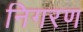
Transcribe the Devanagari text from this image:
निगरण